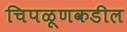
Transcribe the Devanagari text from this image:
चिपळूणकडील